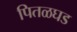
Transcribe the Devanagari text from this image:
पितळघड